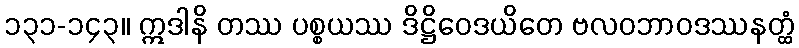
၁၃၁-၁၄၃။ ဣဒါနိ တဿ ပစ္စယဿ ဒိဋ္ဌိဝေဒယိတေ ဗလဝဘာဝဒဿနတ္ထံ